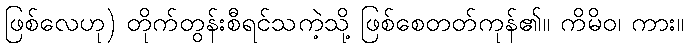
ဖြစ်လေဟု) တိုက်တွန်းစီရင်သကဲ့သို့ ဖြစ်စေတတ်ကုန်၏။ ကိမိဝ၊ ကား။